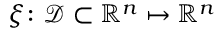
\boldsymbol { \xi } \colon \mathcal { D } \subset \mathbb { R } ^ { n } \mapsto \mathbb { R } ^ { n }